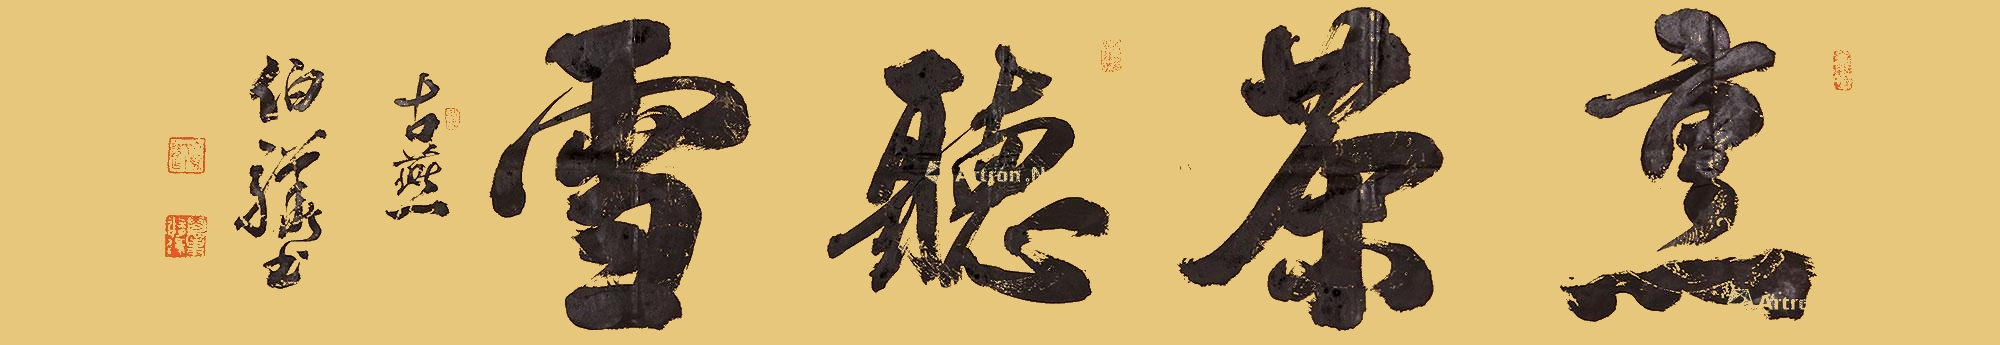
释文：烹茶听雪古燕，伯骅书。